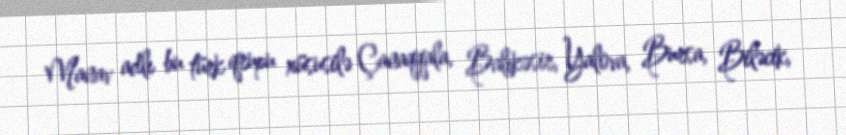
Manav adlı bu türk qrupu xüsusilə Çanaqqala, Balıkəsir, Yalova, Bursa, Biləcik,